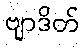
ဗျာဒိတ်